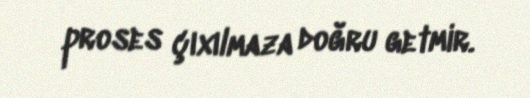
proses çıxılmaza doğru getmir.